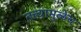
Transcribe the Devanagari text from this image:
तत्त्वामुळेच